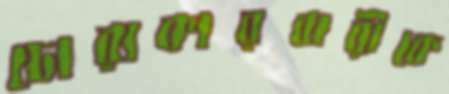
চোরাকারবারীকে